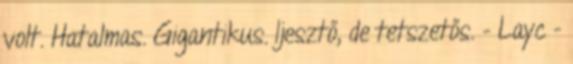
volt. Hatalmas. Gigantikus. Ijesztő, de tetszetős. - Layc -